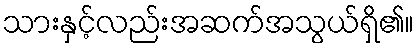
သားနှင့်လည်းအဆက်အသွယ်ရှိ၏။